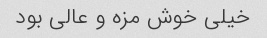
خیلی خوش مزه و عالی بود